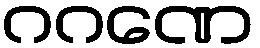
ဂဂဏေ